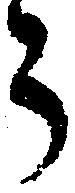
う